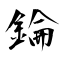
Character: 錀